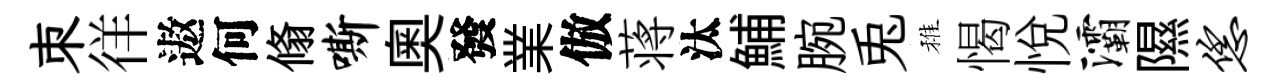
朿徉遨何翛嘶奧發業倣蒋汰鯆腕兎稚愒悦灞隰恁